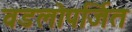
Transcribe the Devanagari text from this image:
वडलोपर्जित